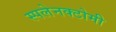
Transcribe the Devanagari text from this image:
स्पलेनक्टोमी